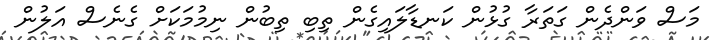
މަސް ވަންދެން ގަތަރާ ގުޅުން ކަނޑާލައިގެން ތިބި ތިބުން ނިމުމަކަށް ގެނެސް އަލުން